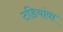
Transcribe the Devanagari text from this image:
टडियांवा